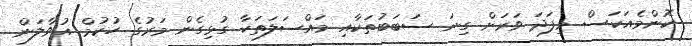
ކޮންމެއަކަސް މިފަދަ ވަރަށް ގިނަ ސަބަބުތަކާއި މައްސަލަތަކާ ގުޅިގެން މަރުގެ ހުކުމް އުވާލަން